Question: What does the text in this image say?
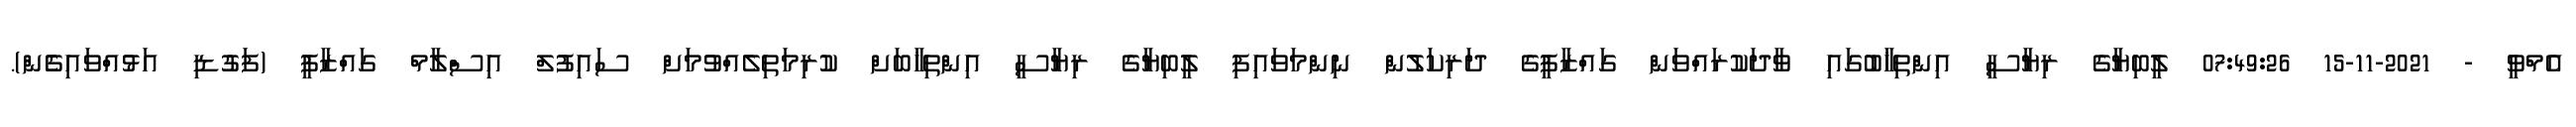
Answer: އެމްވީ - 2021-11-15 07:49:26 ލީބިޔާގެ ރިޔާސީ އިންތިޚާބުގައި ވާދަކުރައްވަން ގައްޒާފީގެ ދަރިކަލުން ނިންމަވައިފި ލީބިޔާގެ ރިޔާސީ އިންތިޚާބަށް ކުރިމަތިލެއްވުމަށް ސައިފުލް އިސްލާމް ގައްޒާފީ (ފަގުޑި އަޅުއްވައިގެެން).